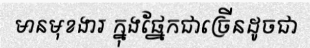
មានមុខងារ ក្នុងផ្នែកជាច្រើនដូចជា